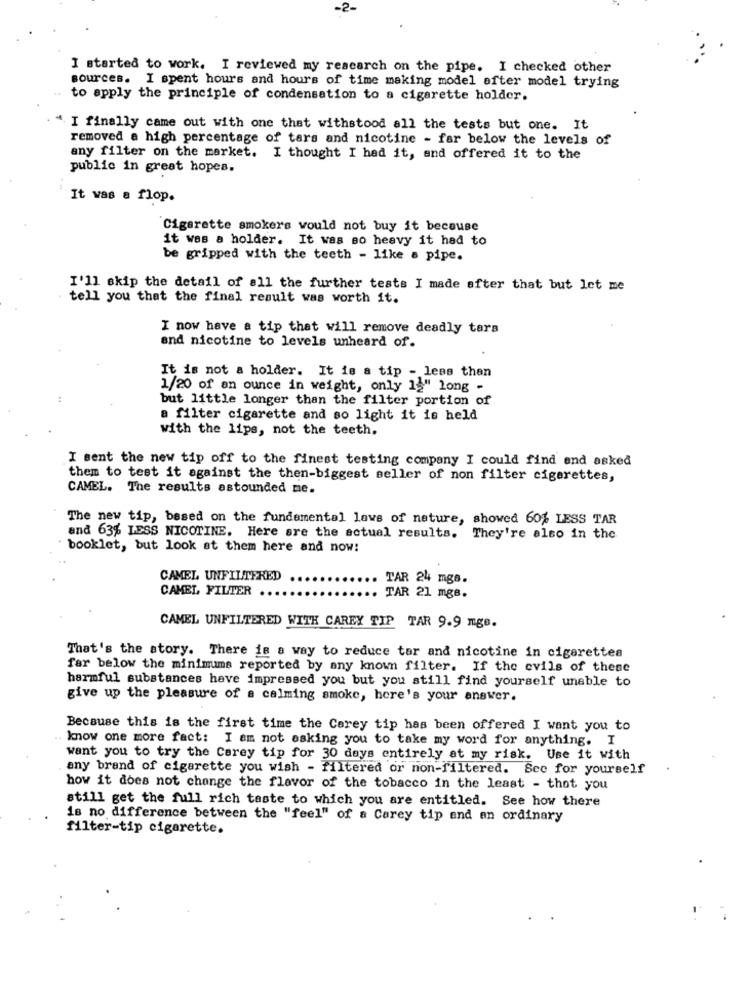
-2-
I started to work. I reviewed my research on the pipe. I checked other
sources. I spent hours and hours of time making model after model trying
to apply the principle of condensation to a cigarette holder.
" I finally came out with one that withstood all the tests but one. It
removed a high percentage of tars and nicotine - far below the levels of
any filter on the market. I thought I had it, and offered it to the
public in great hopes.
It was a flop.
Cigarette smokers would not buy it because
it was a holder. It was so heavy it had to
be gripped with the teeth - like a pipe.
I'll skip the detail of all the further tests I made after that but let me
tell you that the final result was worth it.
I now have a tip that will remove deadly tars
and nicotine to levels unheard of.
It is not a holder. It is a tip - less than
1/20 of an ounce in weight, only 12" long -
but little longer than the filter portion of
a filter cigarette and so light it is held
with the lips, not the teeth.
I sent the new tip off to the finest testing company I could find and asked
them to test it against the then-biggest seller of non filter cigarettes,
CAMEL. The results astounded me.
The new tip, based on the fundemental laws of nature, showed 60% LESS TAR
and 63% LESS NICOTINE. Here are the actual results. They're also in the
booklet, but look at them here and now:
CAMEL UNFILTERED
TAR 24 mgs.
CAMEL FILTER
TAR 21 mgB.
CAMEL UNFILTERED WITH CAREY TIP TAR 9.9 mgs.
That's the story. There is a way to reduce tar and nicotine in cigarettes
far below the minimums reported by any known filter. If the evils of these
harmful substances have impressed you but you still find yourself unable to
give up the pleasure of a calming smoke, here's your answer.
Because this is the first time the Carey tip has been offered I want you to
know one more fact: I am not asking you to take my word for anything. I
want you to try the Carey tip for 30 days entirely at my risk. Use it with
any brand of cigarette you wish - filtered or non-filtered. Sec for yourself
how it does not change the flavor of the tobacco in the least - that you
still get the full rich taste to which you are entitled. See how there
is no difference between the "feel" of a Carey tip and an ordinary
filter-tip cigarette.